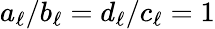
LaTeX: a_{\ell}/b_{\ell}=d_{\ell}/c_{\ell}=1